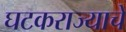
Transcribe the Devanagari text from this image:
घटकराज्याचे